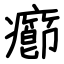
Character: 癤